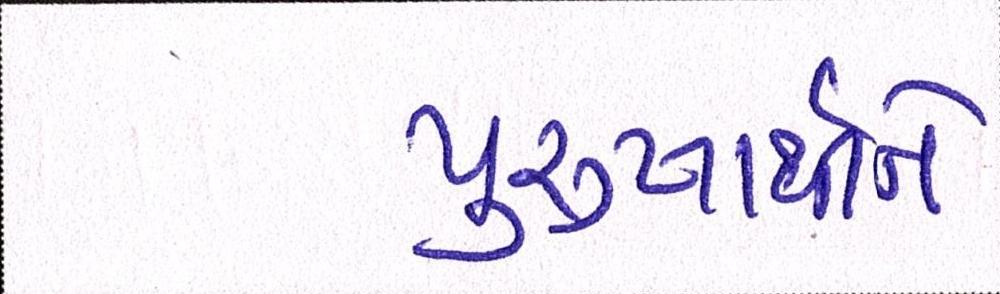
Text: પુરુષાર્થીને